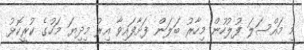
މި މައްސަލަ ފުލުހުން މިހާރު ބަލަން ފަށާފައިވާ އިރު މިދިޔަ މަހުގެ ކުރީކޮޅު